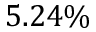
5 . 2 4 \%